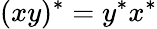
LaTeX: (xy)^{*}=y^{*}x^{*}